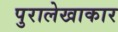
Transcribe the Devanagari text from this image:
पुरालेखाकार